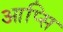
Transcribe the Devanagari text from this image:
आप्सि